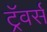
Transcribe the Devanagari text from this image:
ट्रॅवर्स